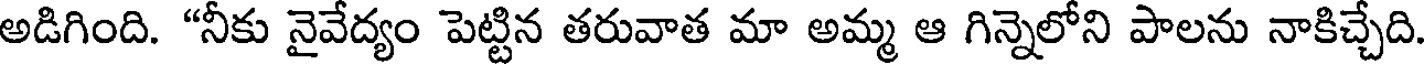
అడిగింది. "నీకు నైవేద్యం పెట్టిన తరువాత మా అమ్మ ఆ గిన్నెలోని పాలను నాకిచ్చేది